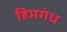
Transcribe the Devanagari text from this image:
हिमगंध